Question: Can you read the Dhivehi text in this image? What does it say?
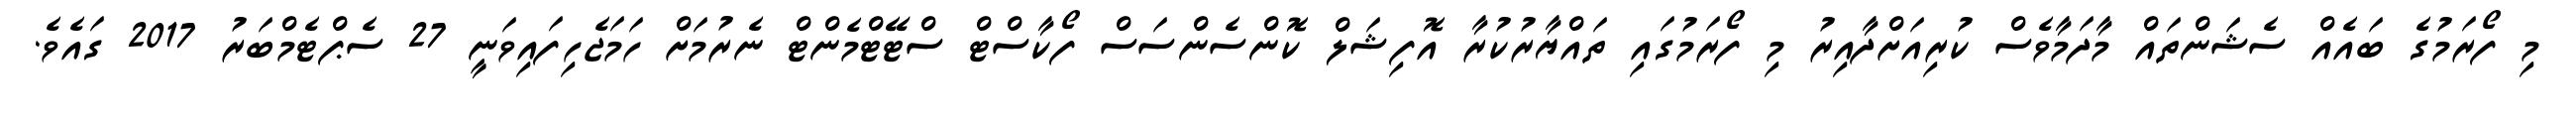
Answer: މި ފޯރަމުގެ ބައެއް ސެޝަންތައް މާދަމާވެސް ކުރިއަށްދާއިރު މި ފޯރަމުގައި ތައްޔާރުކުރާ އޮފިޝަލް ކޮންސެންސަސް ފޯކާސްޓް ސްޓޭޓްމެންޓް ނެރުމަށް ހަމަޖެހިފައިވަނީ 27 ސެޕްޓެމްބަރު 2017 ގައެވެ.